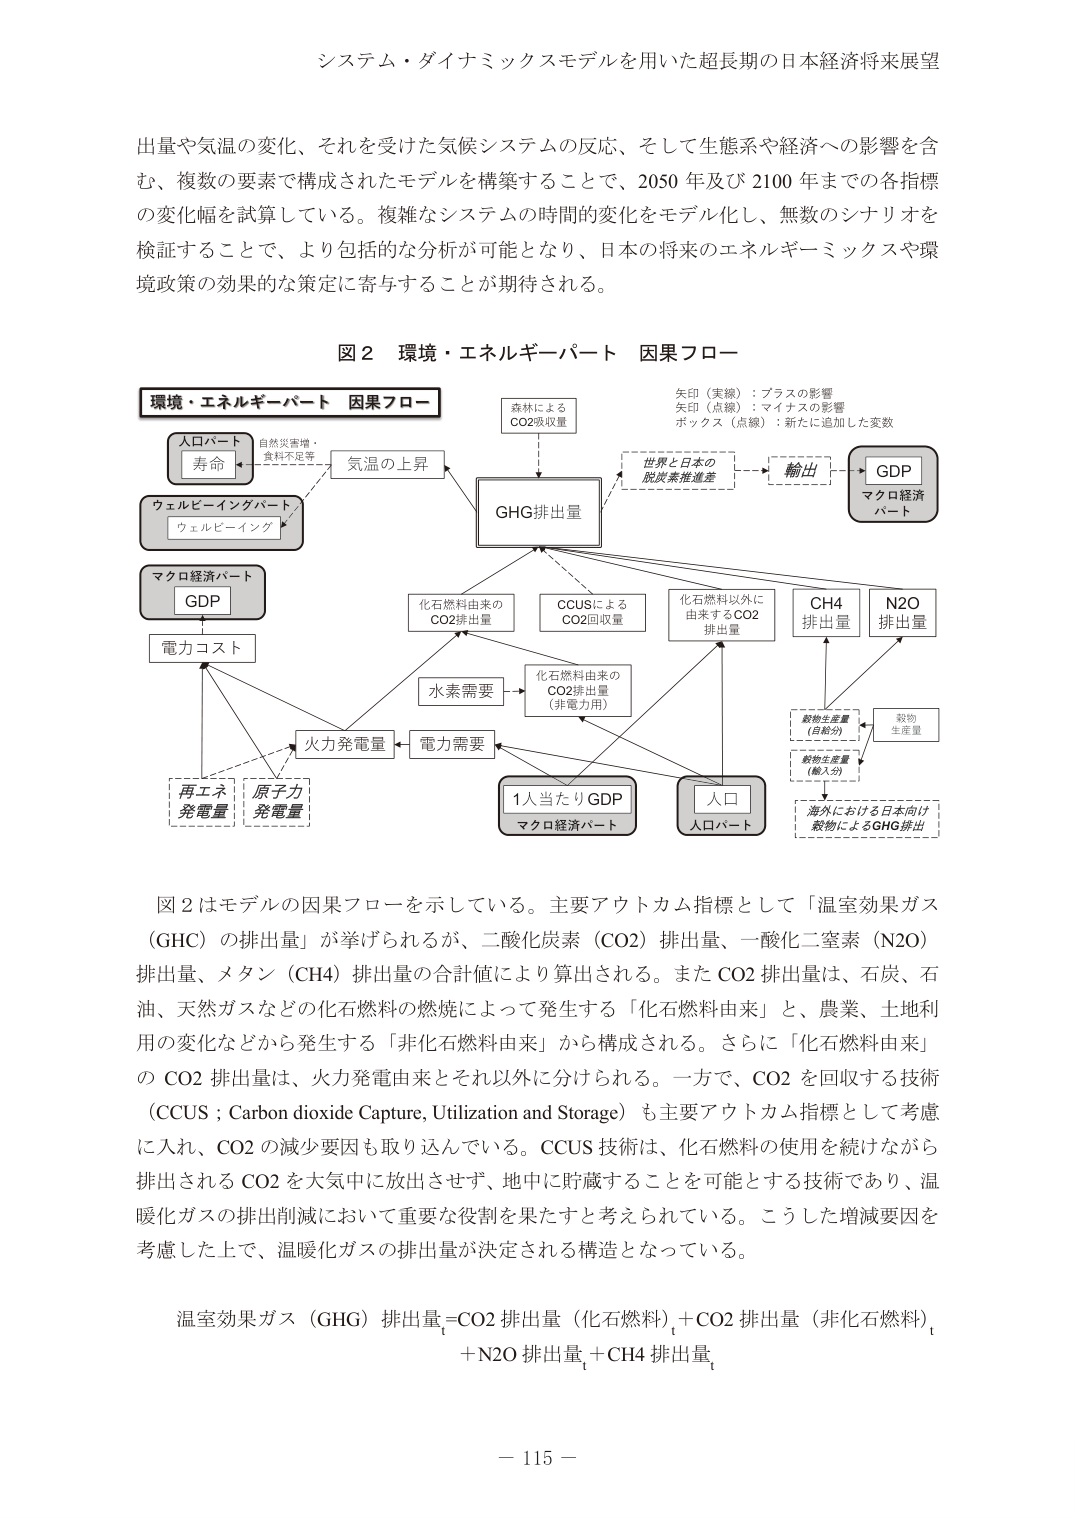
システム・ダイナミックスモデルを用いた超長期の日本経済将来展望

出量や気温の変化、それを受けた気候システムの反応、そして生態系や経済への影響を含む、複数の要素で構成されたモデルを構築することで、2050年及び2100年までの各指標の変化幅を試算している。複雑なシステムの時間的変化をモデル化し、無数のシナリオを検証することで、より包括的な分析が可能となり、日本の将来のエネルギーミックスや環境政策の効果的な策定に寄与することが期待される。

図2 環境・エネルギーパート 因果フロー

環境・エネルギーパート 因果フロー

人口パート
寿命
自然災害増・
食料不足等

ウェルビーイングパート
ウェルビーイング

マクロ経済パート
GDP

電力コスト

再エネ
発電量

原子力
発電量

火力発電量

電力需要

水素需要

化石燃料由来の
CO2排出量

CCUSによる
CO2回収量

化石燃料以外に
由来するCO2
排出量

CH4
排出量

N2O
排出量

森林による
CO2吸収量

気温の上昇

GHG排出量

世界と日本の
脱炭素推進差

輸出

GDP
マクロ経済
パート

矢印（実線）：プラスの影響
矢印（点線）：マイナスの影響
ボックス（点線）：新たに追加した変数

1人当たりGDP
マクロ経済パート

人口
人口パート

飼物生産量
（自給分）

飼物生産量
（輸入分）

飼物
生産量

海外における日本向け
飼物によるGHG排出

図2はモデルの因果フローを示している。主要アウトカム指標として「温室効果ガス（GHG）の排出量」が挙げられるが、二酸化炭素（CO2）排出量、一酸化二窒素（N2O）排出量、メタン（CH4）排出量の合計値により算出される。またCO2排出量は、石炭、石油、天然ガスなどの化石燃料の燃焼によって発生する「化石燃料由来」と、農業、土地利用の変化などから発生する「非化石燃料由来」から構成される。さらに「化石燃料由来」のCO2排出量は、火力発電由来とそれ以外に分けられる。一方で、CO2を回収する技術（CCUS；Carbon dioxide Capture, Utilization and Storage）も主要アウトカム指標として考慮に入れ、CO2の減少要因も取り込んでいる。CCUS技術は、化石燃料の使用を続けながら排出されるCO2を大気中に放出させず、地中に貯蔵することを可能とする技術であり、温暖化ガスの排出削減において重要な役割を果たすと考えられている。こうした増減要因を考慮した上で、温暖化ガスの排出量が決定される構造となっている。

温室効果ガス（GHG）排出量_t = CO2排出量（化石燃料）_t + CO2排出量（非化石燃料）_t + N2O排出量_t + CH4排出量_t

－ 115 －